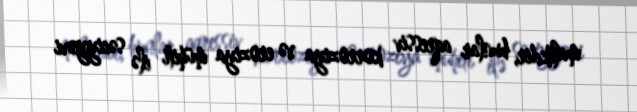
malikdir, bunlar aqressiv korroziya və eroziya mühiti ilə səciyyəvi